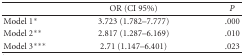
|  | OR (CI 95%) | P |
 | --- | --- | --- |
 | Model 1* | 3.723 (1.782–7.777) | .000 |
 | Model 2** | 2.817 (1.287–6.169) | .010 |
 | Model 3*** | 2.71 (1.147–6.401) | .023 |